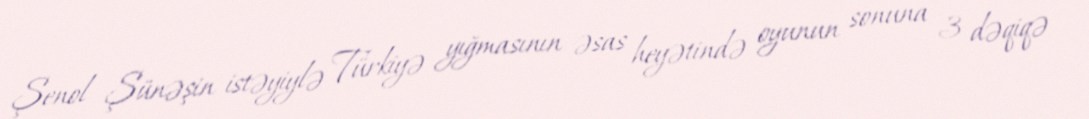
Şenol Şünəşin istəyiylə Türkiyə yığmasının əsas heyətində oyunun sonuna 3 dəqiqə